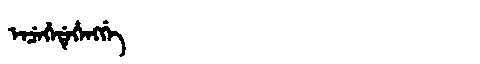
Manchu: ᡝᠨᠴᡝᡥᡝᡩᡝᡥᡝᠩᡤᡝ
Romanization: ENCEHEDEHENGGE